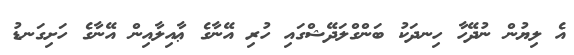
އެ ލިޔުން ނުދޭހާ ހިނދަކު ބަންގްލަދޭޝްގައި ހުރި އޭނާގެ ޢާއިލާއިން އޭނާގެ ހަށިގަނޑު